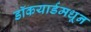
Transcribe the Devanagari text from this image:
डॉकयार्डमधून